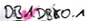
Text: DB1DBX0.1